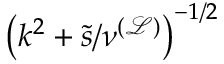
\left( k ^ { 2 } + \tilde { s } / \nu ^ { \mathcal { ( L ) } } \right) ^ { - 1 / 2 }